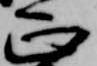
正